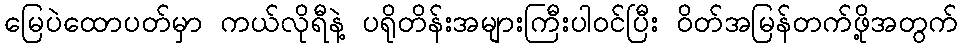
မြေပဲထောပတ်မှာ ကယ်လိုရီနဲ့ ပရိုတိန်းအများကြီးပါဝင်ပြီး ဝိတ်အမြန်တက်ဖို့အတွက်